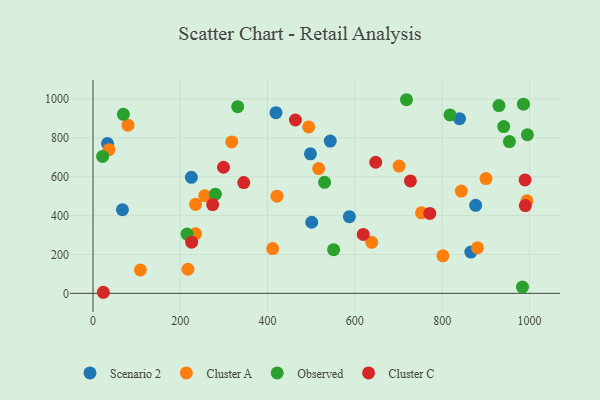
{"axis": {"x": "Investment", "y": "Profit"}, "legend": ["Cluster A", "Cluster C", "Observed", "Scenario 2"], "data": [{"x": "33.2", "y": 770.6, "type": "Scenario 2"}, {"x": "225.4", "y": 597.1, "type": "Scenario 2"}, {"x": "498.2", "y": 718.0, "type": "Scenario 2"}, {"x": "839.8", "y": 898.9, "type": "Scenario 2"}, {"x": "419.2", "y": 929.8, "type": "Scenario 2"}, {"x": "501.1", "y": 365.7, "type": "Scenario 2"}, {"x": "543.6", "y": 783.2, "type": "Scenario 2"}, {"x": "865.8", "y": 212.5, "type": "Scenario 2"}, {"x": "876.8", "y": 453.1, "type": "Scenario 2"}, {"x": "67.4", "y": 430.1, "type": "Scenario 2"}, {"x": "587.4", "y": 394.6, "type": "Scenario 2"}, {"x": "235.0", "y": 458.0, "type": "Cluster A"}, {"x": "900.5", "y": 590.7, "type": "Cluster A"}, {"x": "494.1", "y": 856.0, "type": "Cluster A"}, {"x": "217.5", "y": 123.9, "type": "Cluster A"}, {"x": "256.0", "y": 502.3, "type": "Cluster A"}, {"x": "517.0", "y": 641.7, "type": "Cluster A"}, {"x": "317.9", "y": 779.3, "type": "Cluster A"}, {"x": "881.1", "y": 234.6, "type": "Cluster A"}, {"x": "411.8", "y": 230.5, "type": "Cluster A"}, {"x": "36.5", "y": 739.1, "type": "Cluster A"}, {"x": "844.0", "y": 526.3, "type": "Cluster A"}, {"x": "994.3", "y": 476.1, "type": "Cluster A"}, {"x": "80.2", "y": 865.3, "type": "Cluster A"}, {"x": "801.7", "y": 192.9, "type": "Cluster A"}, {"x": "752.7", "y": 414.3, "type": "Cluster A"}, {"x": "638.6", "y": 262.3, "type": "Cluster A"}, {"x": "235.1", "y": 306.6, "type": "Cluster A"}, {"x": "701.3", "y": 654.6, "type": "Cluster A"}, {"x": "421.6", "y": 499.9, "type": "Cluster A"}, {"x": "108.5", "y": 120.7, "type": "Cluster A"}, {"x": "551.3", "y": 224.6, "type": "Observed"}, {"x": "530.6", "y": 571.4, "type": "Observed"}, {"x": "69.6", "y": 921.1, "type": "Observed"}, {"x": "280.3", "y": 510.3, "type": "Observed"}, {"x": "718.2", "y": 996.2, "type": "Observed"}, {"x": "954.1", "y": 780.9, "type": "Observed"}, {"x": "986.3", "y": 973.4, "type": "Observed"}, {"x": "215.4", "y": 304.9, "type": "Observed"}, {"x": "941.1", "y": 858.2, "type": "Observed"}, {"x": "995.3", "y": 816.1, "type": "Observed"}, {"x": "22.0", "y": 704.4, "type": "Observed"}, {"x": "930.2", "y": 966.2, "type": "Observed"}, {"x": "817.9", "y": 917.8, "type": "Observed"}, {"x": "331.5", "y": 960.3, "type": "Observed"}, {"x": "984.0", "y": 32.3, "type": "Observed"}, {"x": "990.7", "y": 451.4, "type": "Cluster C"}, {"x": "990.0", "y": 583.5, "type": "Cluster C"}, {"x": "226.0", "y": 263.5, "type": "Cluster C"}, {"x": "647.8", "y": 674.6, "type": "Cluster C"}, {"x": "299.0", "y": 648.7, "type": "Cluster C"}, {"x": "463.8", "y": 892.0, "type": "Cluster C"}, {"x": "23.7", "y": 5.5, "type": "Cluster C"}, {"x": "619.2", "y": 303.4, "type": "Cluster C"}, {"x": "345.4", "y": 569.7, "type": "Cluster C"}, {"x": "274.1", "y": 456.9, "type": "Cluster C"}, {"x": "727.3", "y": 578.4, "type": "Cluster C"}, {"x": "771.7", "y": 411.4, "type": "Cluster C"}]}